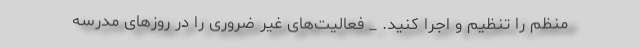
منظم را تنظیم و اجرا کنید. _ فعالیت‌های غیر ضروری را در روزهای مدرسه